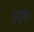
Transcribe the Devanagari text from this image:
स्पूफर